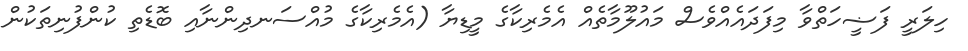
ހިލަރީ ފަޟީހަތްވާ މިފަދައެއްވެސް މައުލޫމާތެއް އެމެރިކާގެ މީޑިޔާ (އެމެރިކާގެ މުއްސަނދިންނާއި ބޮޑެތި ކުންފުނިތަކުން